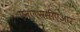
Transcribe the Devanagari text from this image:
एनएएससीएआर